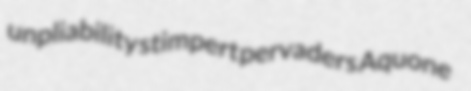
unpliability stimpert pervaders Aquone